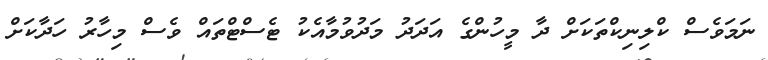
ނަމަވެސް ކްލިނިކްތަކަށް ދާ މީހުންގެ އަދަދު މަދުވުމާއެކު ޓެސްޓްތައް ވެސް މިހާރު ހަދާކަށް